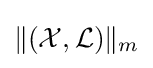
\|({\mathcal {X}},{\mathcal {L}})\|_{m}